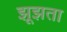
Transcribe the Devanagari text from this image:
झूझता